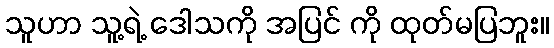
သူဟာ သူ့ရဲ့ ဒေါသကို အပြင် ကို ထုတ်မပြဘူး။